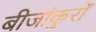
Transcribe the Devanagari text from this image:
बीजांकुरों